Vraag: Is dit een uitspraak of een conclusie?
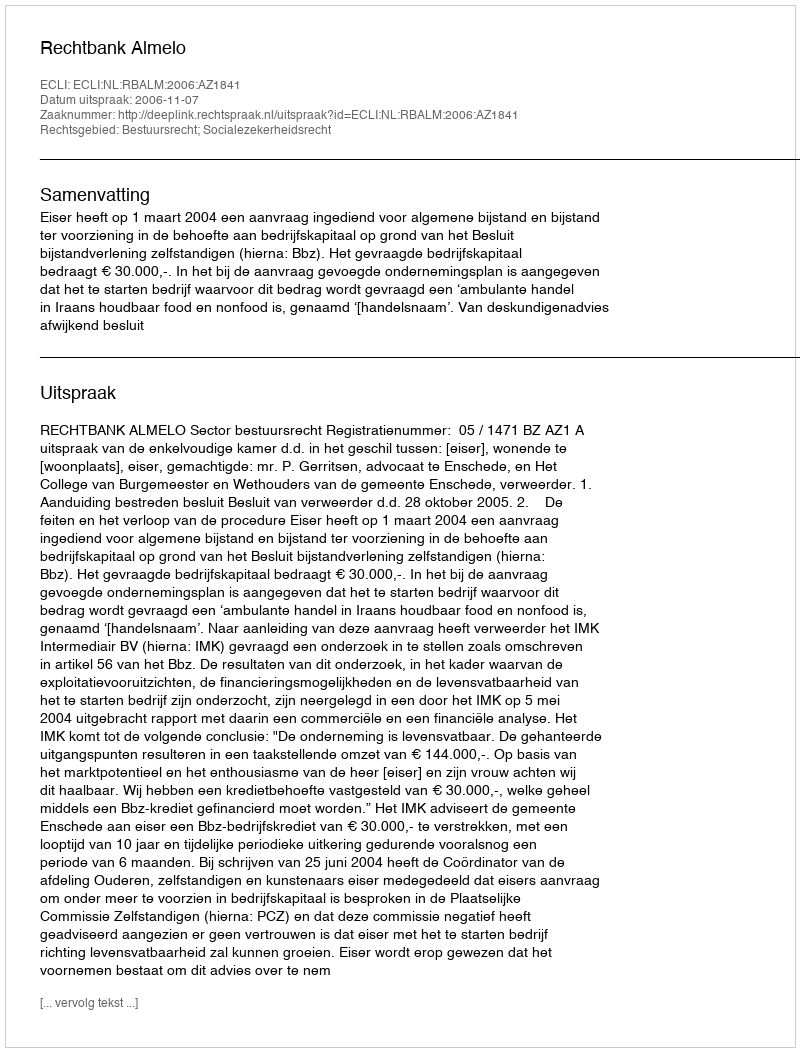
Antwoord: Uitspraak